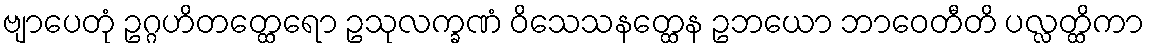
ဗျာပေတုံ ဥဂ္ဂဟိတတ္ထေရော ဥသုလက္ခဏံ ဝိသေသနတ္ထေန ဥဘယော ဘာဝေတီတိ ပလ္လတ္ထိကာ